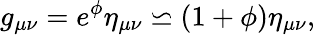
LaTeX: g_{\mu\nu}=e^{\phi}\eta_{\mu\nu}\backsimeq(1+\phi)\eta_{\mu\nu},